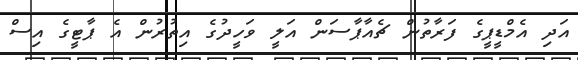
އަދި އެމްޑީޕީގެ ފަރާތުން ޗެއާޕާސަން އަލީ ވަހީދުގެ އިތުރުން އެ ޕާޓީގެ އިސް